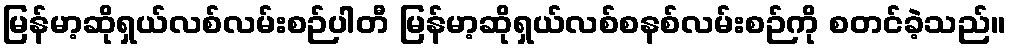
မြန်မာ့ဆိုရှယ်လစ်လမ်းစဉ်ပါတီ မြန်မာ့ဆိုရှယ်လစ်စနစ်လမ်းစဉ်ကို စတင်ခဲ့သည်။